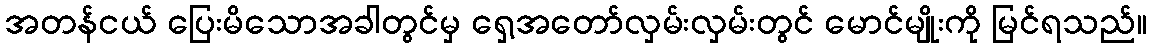
အတန်ငယ် ပြေးမိသောအခါတွင်မှ ရှေ့အတော်လှမ်းလှမ်းတွင် မောင်မျိုးကို မြင်ရသည်။